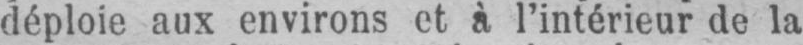
déploie aux environs et à l’intérieur de la